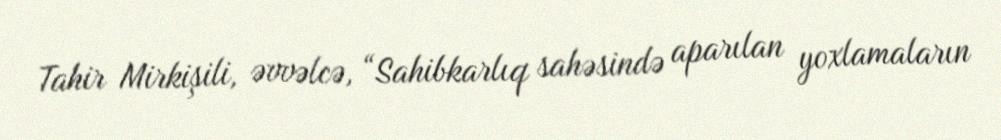
Tahir Mirkişili, əvvəlcə, “Sahibkarlıq sahəsində aparılan yoxlamaların